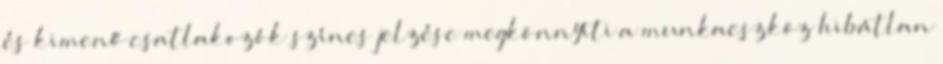
és kimenő csatlakozók színes jelzése megkönnyíti a munkaeszköz hibátlan